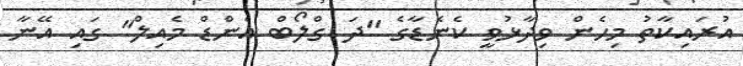
އުރައިކާތު މިހެން ވިދާޅުވީ ކެނެޑާގެ "ދަ ގްލޯބް އެންޑް މެއިލް" ގައި އޭނާ